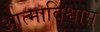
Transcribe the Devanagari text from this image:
आत्माविश्वास